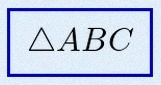
\triangle ABC